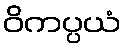
ဝိကပ္ပယံ